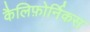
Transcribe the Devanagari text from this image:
कैलिफ़ोर्निकस